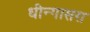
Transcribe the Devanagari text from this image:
धीन्गासरा